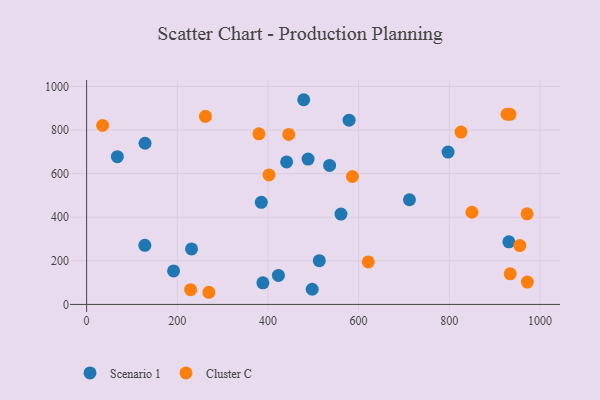
{"axis": {"x": "Speed", "y": "Fuel Efficiency"}, "legend": ["Cluster C", "Scenario 1"], "data": [{"x": "191.8", "y": 153.6, "type": "Scenario 1"}, {"x": "513.3", "y": 200.8, "type": "Scenario 1"}, {"x": "385.3", "y": 468.6, "type": "Scenario 1"}, {"x": "128.9", "y": 739.5, "type": "Scenario 1"}, {"x": "579.0", "y": 845.5, "type": "Scenario 1"}, {"x": "388.8", "y": 99.0, "type": "Scenario 1"}, {"x": "797.3", "y": 699.0, "type": "Scenario 1"}, {"x": "536.0", "y": 637.7, "type": "Scenario 1"}, {"x": "423.1", "y": 133.2, "type": "Scenario 1"}, {"x": "712.2", "y": 480.1, "type": "Scenario 1"}, {"x": "441.2", "y": 653.7, "type": "Scenario 1"}, {"x": "488.5", "y": 666.8, "type": "Scenario 1"}, {"x": "931.5", "y": 287.2, "type": "Scenario 1"}, {"x": "128.4", "y": 271.1, "type": "Scenario 1"}, {"x": "231.4", "y": 254.6, "type": "Scenario 1"}, {"x": "478.9", "y": 939.1, "type": "Scenario 1"}, {"x": "561.1", "y": 414.7, "type": "Scenario 1"}, {"x": "497.6", "y": 69.6, "type": "Scenario 1"}, {"x": "67.8", "y": 678.0, "type": "Scenario 1"}, {"x": "934.4", "y": 140.4, "type": "Cluster C"}, {"x": "35.3", "y": 820.8, "type": "Cluster C"}, {"x": "621.3", "y": 194.8, "type": "Cluster C"}, {"x": "269.7", "y": 55.7, "type": "Cluster C"}, {"x": "445.9", "y": 779.9, "type": "Cluster C"}, {"x": "262.0", "y": 863.0, "type": "Cluster C"}, {"x": "934.0", "y": 872.3, "type": "Cluster C"}, {"x": "380.1", "y": 782.6, "type": "Cluster C"}, {"x": "850.0", "y": 422.8, "type": "Cluster C"}, {"x": "971.6", "y": 415.5, "type": "Cluster C"}, {"x": "402.3", "y": 593.9, "type": "Cluster C"}, {"x": "825.9", "y": 790.9, "type": "Cluster C"}, {"x": "927.3", "y": 872.4, "type": "Cluster C"}, {"x": "972.3", "y": 102.3, "type": "Cluster C"}, {"x": "229.4", "y": 67.6, "type": "Cluster C"}, {"x": "586.3", "y": 586.8, "type": "Cluster C"}, {"x": "955.6", "y": 269.8, "type": "Cluster C"}]}